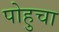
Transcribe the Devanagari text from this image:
पोहुचा